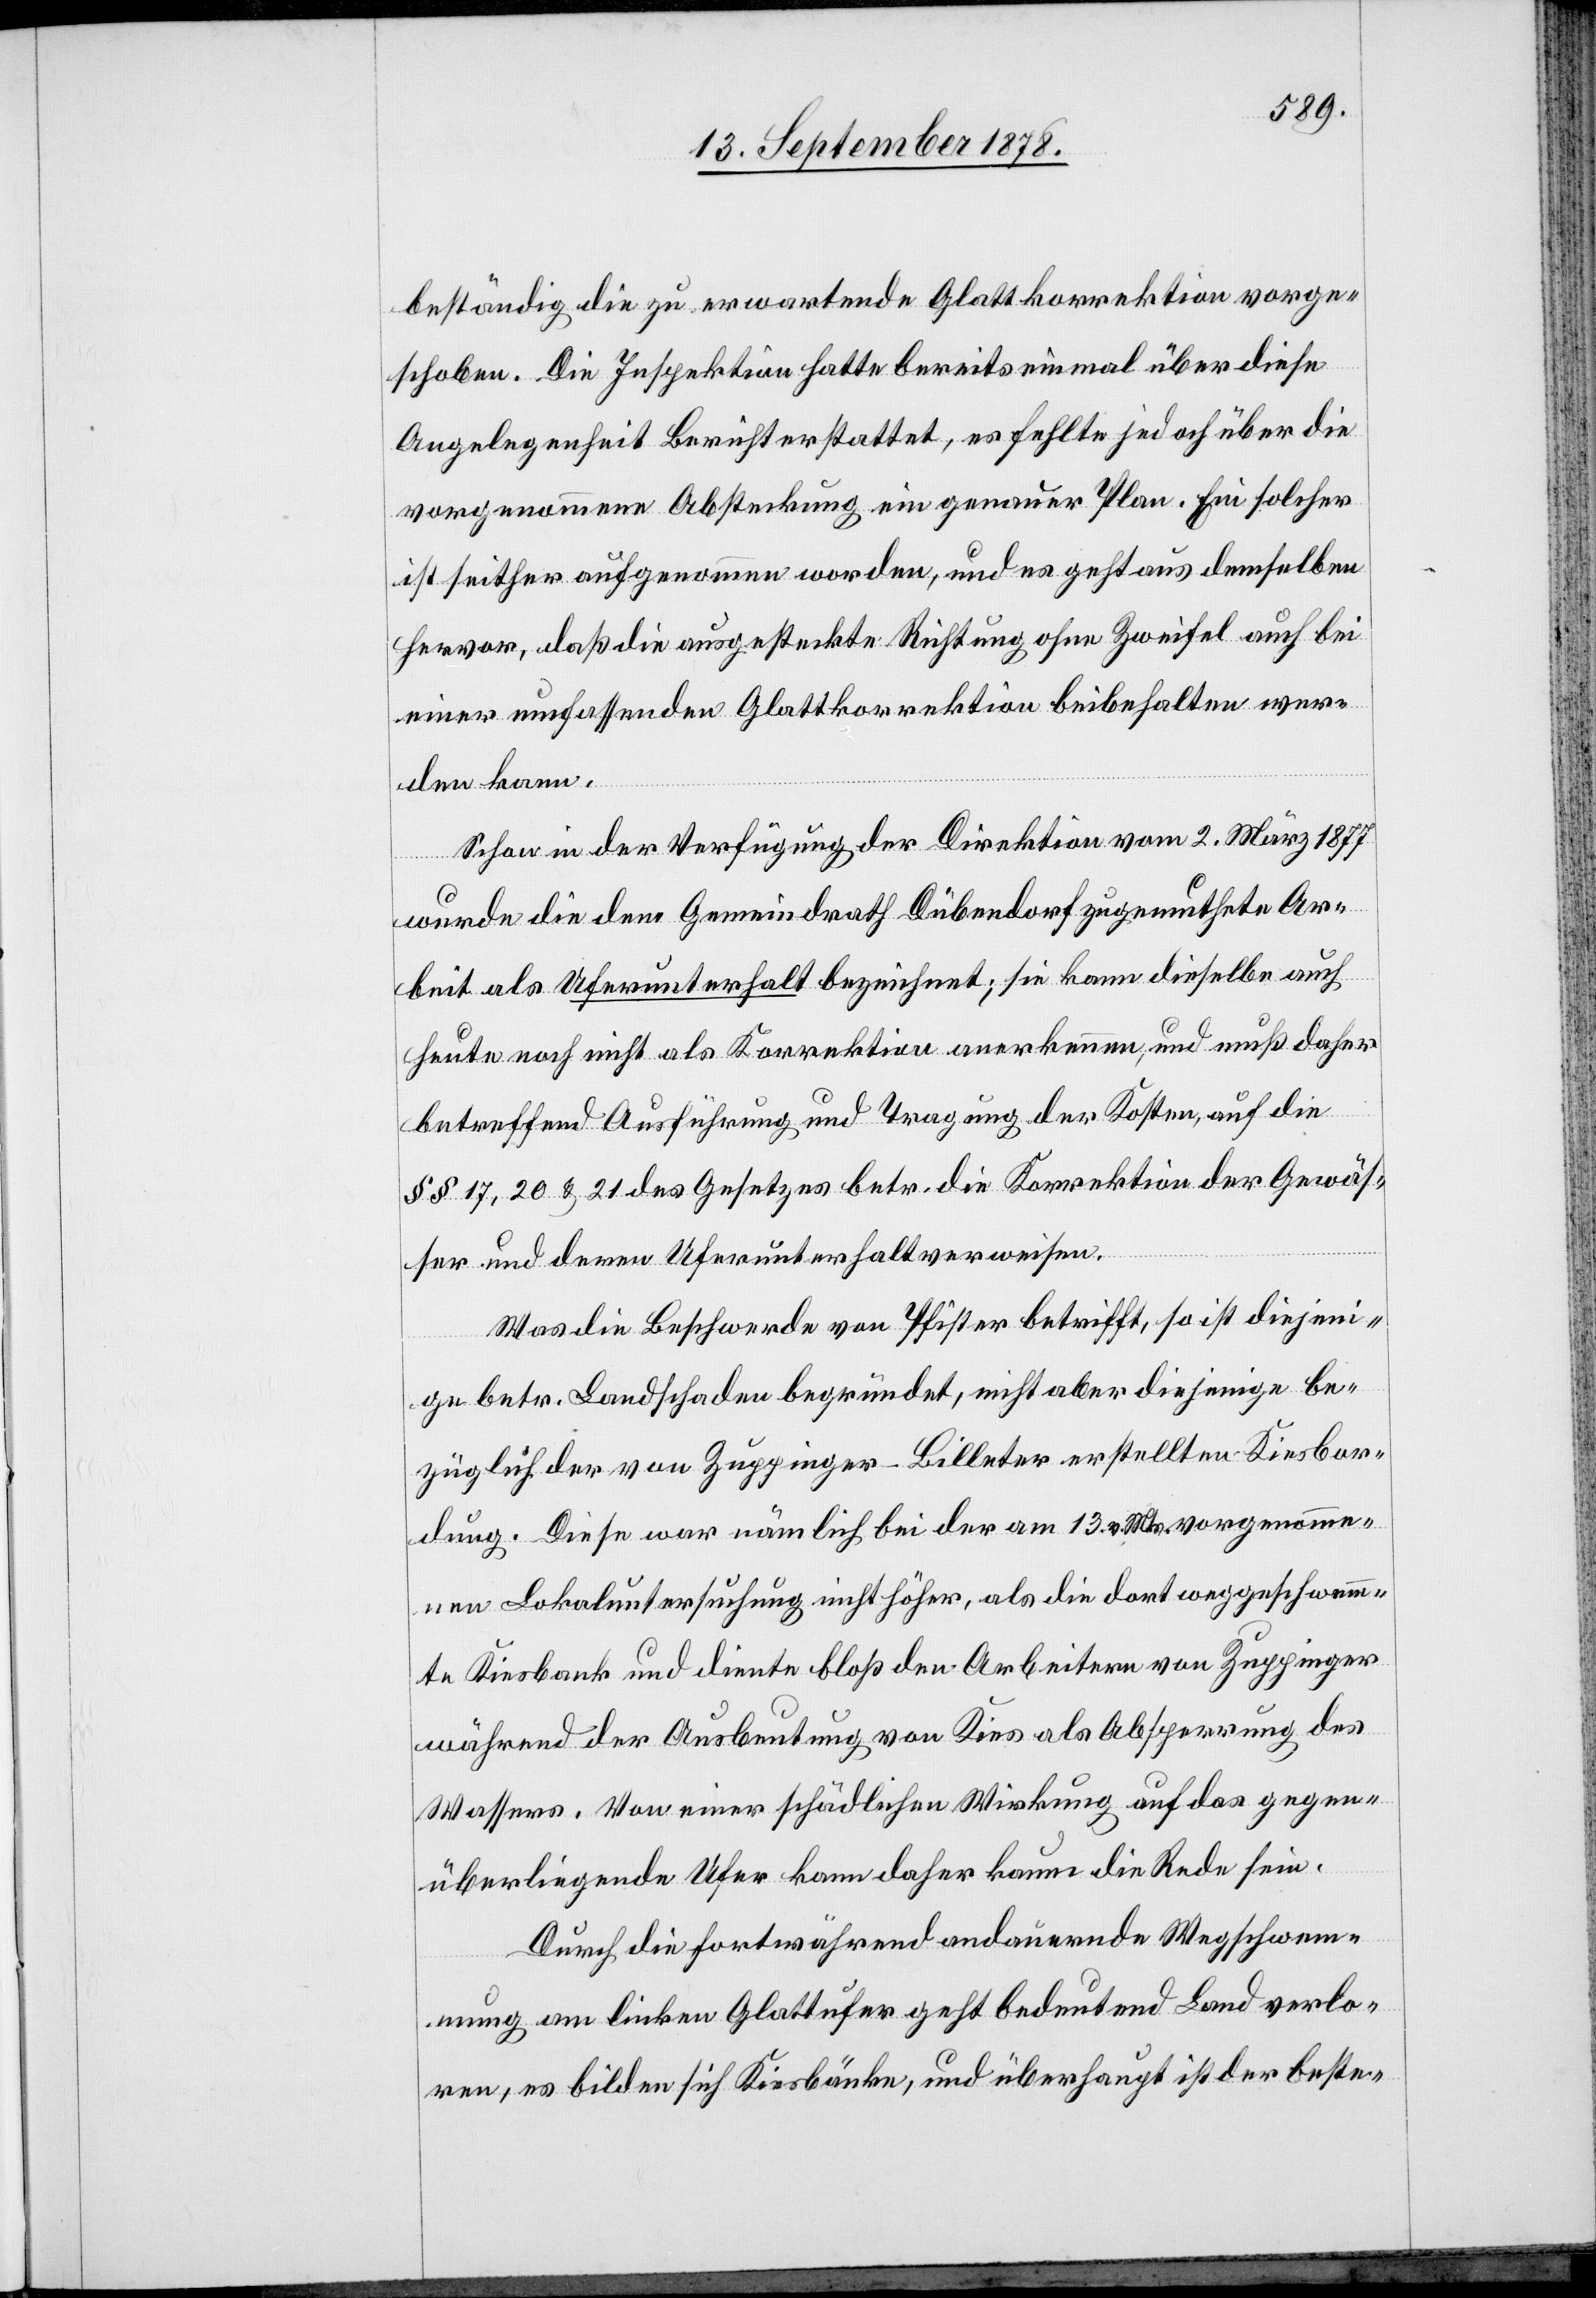
beständig die zu erwartende Glattkorrektion vorge¬
schoben. Die Inspektion hatte bereits einmal über diese
Angelegenheit Bericht erstattet, es fehlte jedoch über die
vorgenommene Absteckung ein genauer Plan. Ein solcher
ist seither aufgenommen worden, und es geht aus demselben
hervor, daß die ausgesteckte Richtung ohne Zweifel auch bei
einer umfassenden Glattkorrektion beibehalten wer¬
den kann.
Schon in der Verfügung der Direktion vom 2. März 1877
wurde die dem Gemeindrath Dübendorf zugemuthete Ar¬
beit als Uferunterhalt bezeichnet; sie kann dieselbe auch
heute noch nicht als Korrektion anerkennen, und muß daher
betreffend Ausführung und Tragung der Kosten, auf die
§§ 17, 20 & 21 des Gesetzes betr. die Korrektion der Gewäs¬
ser und deren Uferunterhalt verweisen.
Was die Beschwerde von Pfister betrifft, so ist diejeni¬
ge betr. Landschaden begründet, nicht aber diejenige be¬
züglich der von Zuppinger-Billeter erstellten Kiesbor¬
dung. Diese war nämlich bei der am 13. v. Mts. vorgenomme¬
ne Lokaluntersuchung nicht höher, als die dort weggeschwemm¬
te Kiesbank und diente bloß den Arbeitern von Zuppinger
während der Ausbeutung von Kies als Absperrung des
Wassers. Von einer schädlichen Wirkung auf das gegen¬
überliegende Ufer kann daher kaum die Rede sein.
Durch die fortwährend andauernde Wegschem¬
mung am linken Glattufer geht bedeutend Land verlo¬
ren, es bilden sich Kiesbänke, und überhaupt ist der beste-